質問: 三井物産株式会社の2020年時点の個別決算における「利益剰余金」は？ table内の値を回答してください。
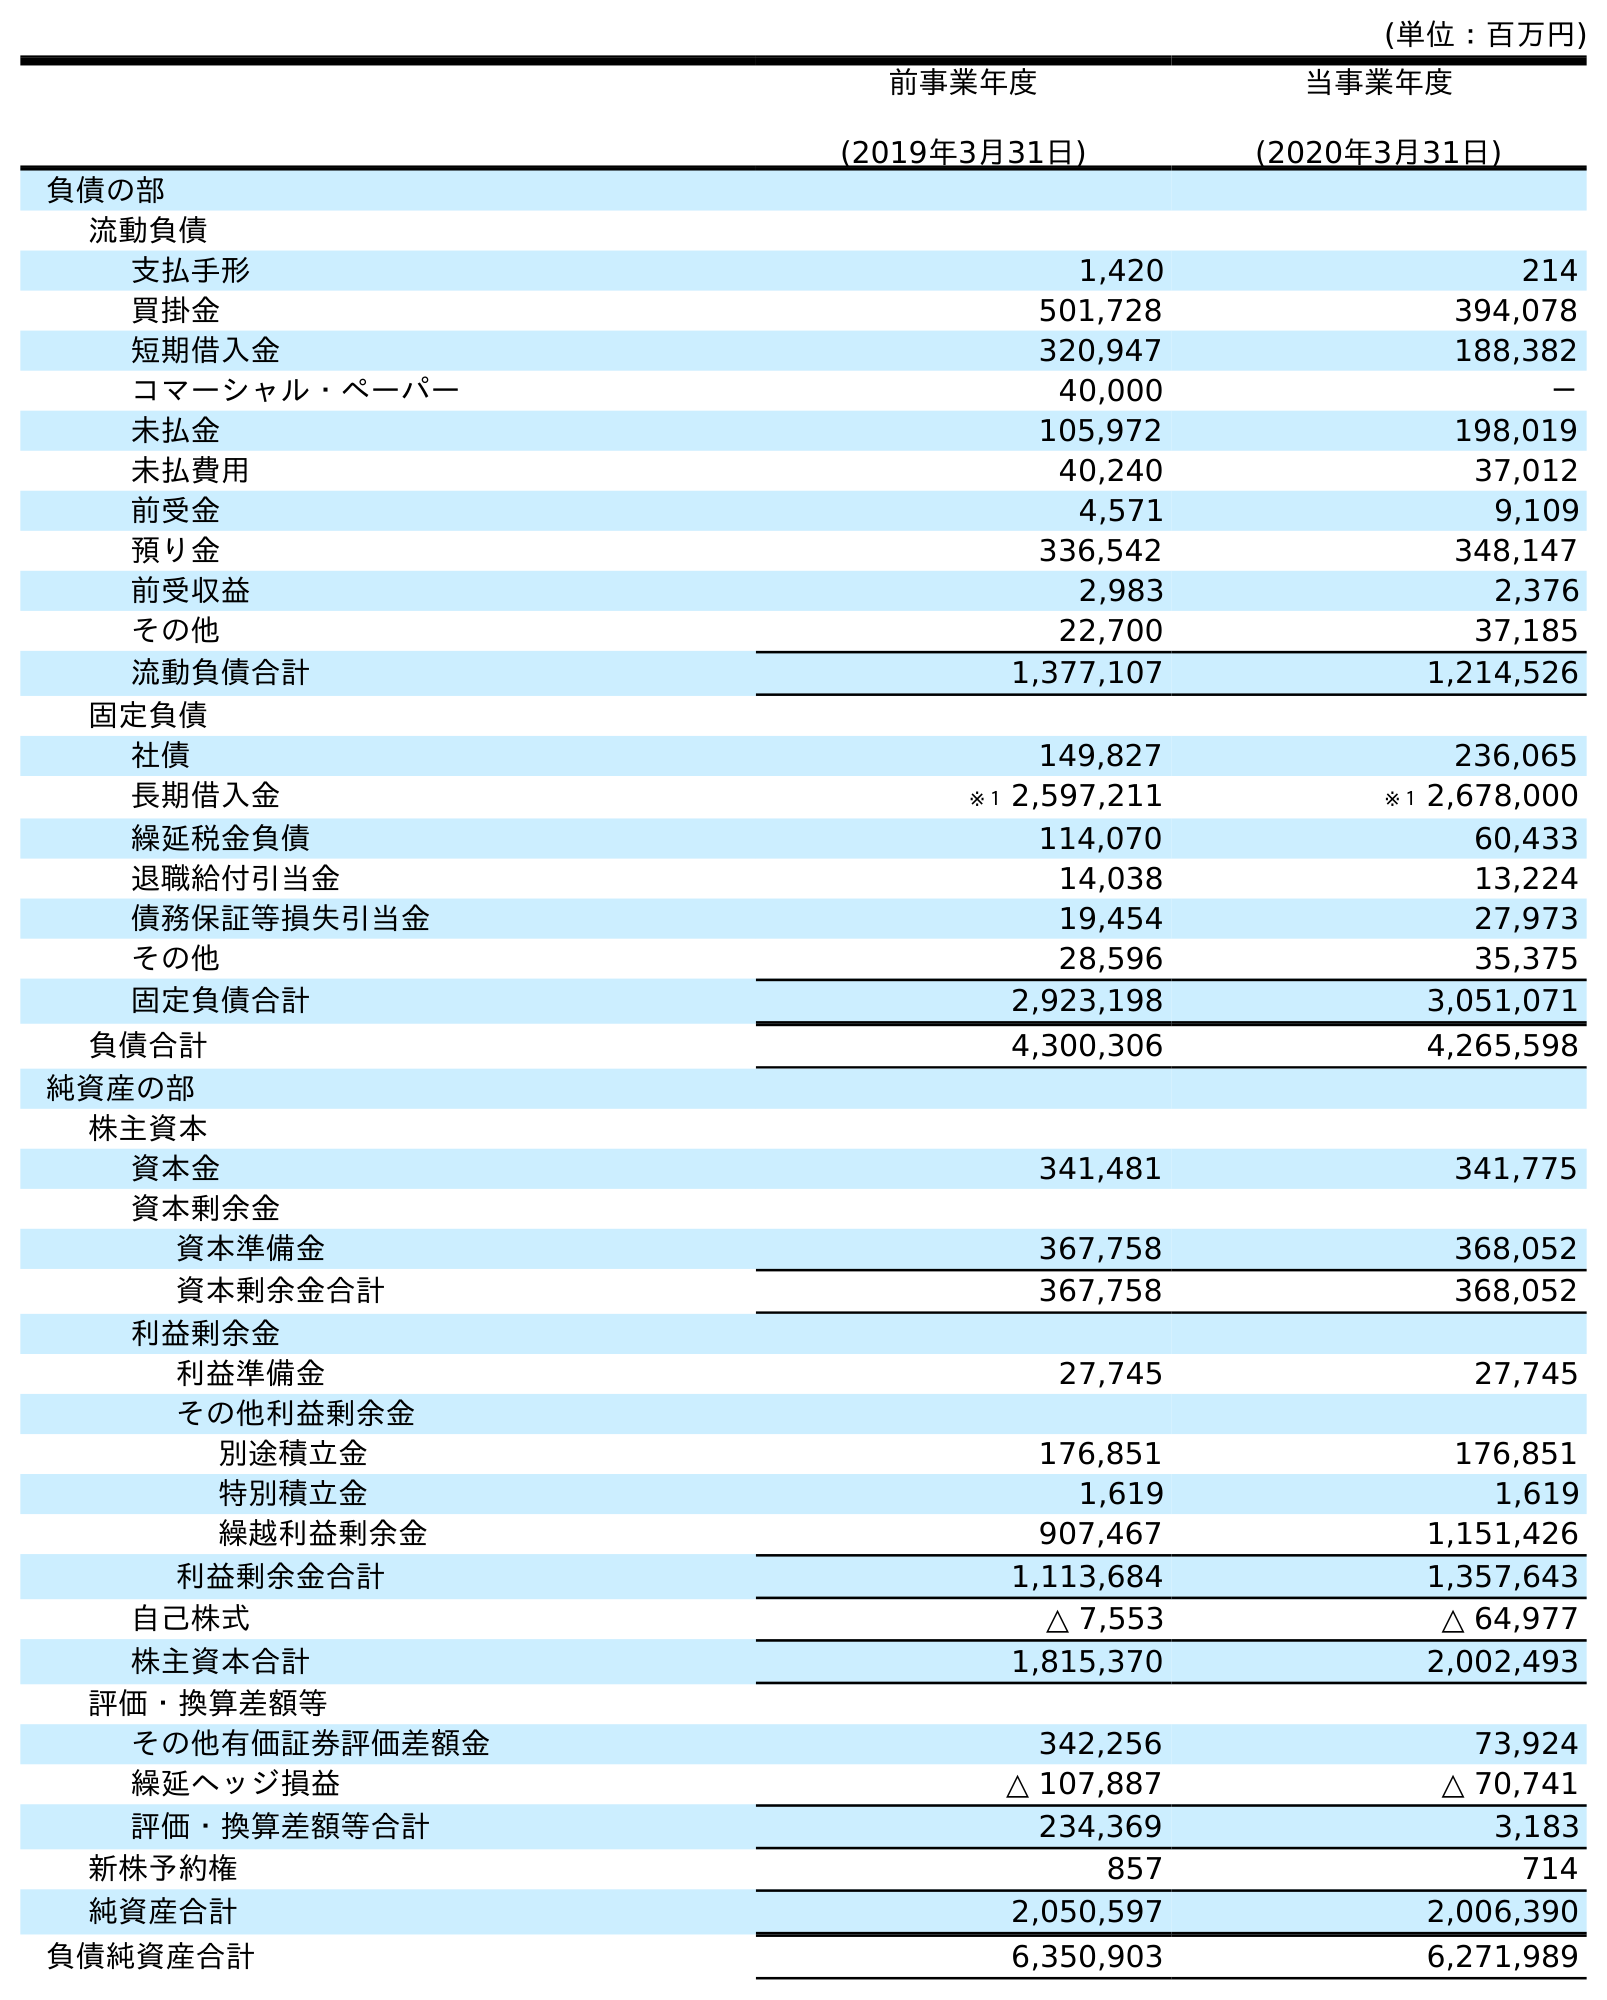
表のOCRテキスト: (単位：百万円) 前事業年度 (2019年3月31日) 当事業年度 (2020年3月31日) 負債の部 流動負債 支払手形 1,420 214 買掛金 501,728 394,078 短期借入金 320,947 188,382 コマーシャル・ペーパー 40,000 － 未払金 105,972 198,019 未払費用 40,240 37,012 前受金 4,571 9,109 預り金 336,542 348,147 前受収益 2,983 2,376 その他 22,700 37,185 流動負債合計 1,377,107 1,214,526 固定負債 社債 149,827 236,065 長期借入金 ※１ 2,597,211 ※１ 2,678,000 繰延税金負債 114,070 60,433 退職給付引当金 14,038 13,224 債務保証等損失引当金 19,454 27,973 その他 28,596 35,375 固定負債合計 2,923,198 3,051,071 負債合計 4,300,306 4,265,598 純資産の部 株主資本 資本金 341,481 341,775 資本剰余金 資本準備金 367,758 368,052 資本剰余金合計 367,758 368,052 利益剰余金 利益準備金 27,745 27,745 その他利益剰余金 別途積立金 176,851 176,851 特別積立金 1,619 1,619 繰越利益剰余金 907,467 1,151,426 利益剰余金合計 1,113,684 1,357,643 自己株式 △ 7,553 △ 64,977 株主資本合計 1,815,370 2,002,493 評価・換算差額等 その他有価証券評価差額金 342,256 73,924 繰延ヘッジ損益 △ 107,887 △ 70,741 評価・換算差額等合計 234,369 3,183 新株予約権 857 714 純資産合計 2,050,597 2,006,390 負債純資産合計 6,350,903 6,271,989
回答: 1,357,643